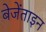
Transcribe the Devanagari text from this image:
बेजेंताइन